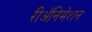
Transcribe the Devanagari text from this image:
रीअॅनिमेशन